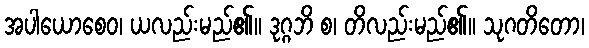
အပါယောစေဝ၊ ယလည်းမည်၏။ ဒုဂ္ဂဘိ စ၊ တိလည်းမည်၏။ သုဂတိတော၊